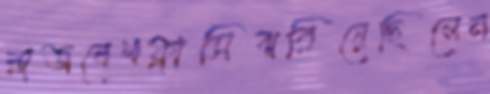
রাজবেশফ্রাসিঝরিয়েছিলেন